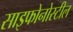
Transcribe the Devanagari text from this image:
साइफोनोस्टील